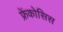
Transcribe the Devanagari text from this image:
फ्रेंकोसिस